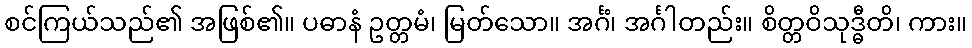
စင်ကြယ်သည်၏ အဖြစ်၏။ ပဓာနံ ဥတ္တမံ၊ မြတ်သော။ အင်္ဂံ၊ အင်္ဂါတည်း။ စိတ္တဝိသုဒ္ဓီတိ၊ ကား။